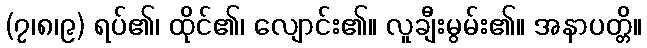
(၇၊၈၊၉) ရပ်၏၊ ထိုင်၏၊ လျောင်း၏။ လူချီးမွမ်း၏။ အနာပတ္တိ။